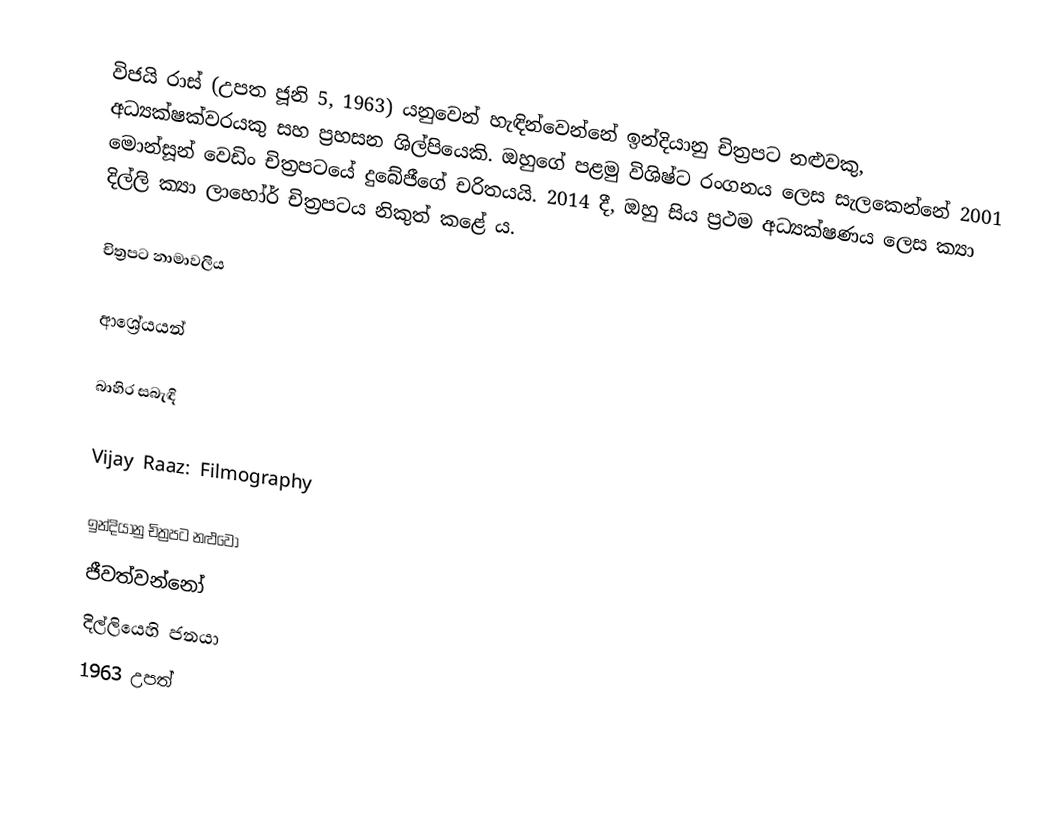
විජයි රාස් (උපත ජූනි 5, 1963) යනුවෙන් හැඳින්වෙන්නේ ඉන්දියානු චිත්‍රපට නළුවකු, අධ්‍යක්ෂක්වරයකු සහ ප්‍රහසන ශිල්පියෙකි. ඔහුගේ පළමු විශිෂ්ට රංගනය ලෙස සැලකෙන්නේ 2001 මොන්සූන් වෙඩිං චිත්‍රපටයේ දුබේජීගේ චරිතයයි. 2014 දී, ඔහු සිය ප්‍රථම අධ්‍යක්ෂණය ලෙස ක්‍යා දිල්ලි ක්‍යා ලාහෝර් චිත්‍රපටය නිකුත් කළේ ය.

චිත්‍රපට නාමාවලිය

ආශ්‍රේයයන්

බාහිර සබැඳි

 Vijay Raaz: Filmography

ඉන්දියානු චිත්‍රපට නළුවෝ
ජීවත්වන්නෝ
දිල්ලියෙහි ජනයා
1963 උපත්